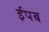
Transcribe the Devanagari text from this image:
ईपब